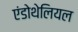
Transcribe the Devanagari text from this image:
एंडोथेलियल